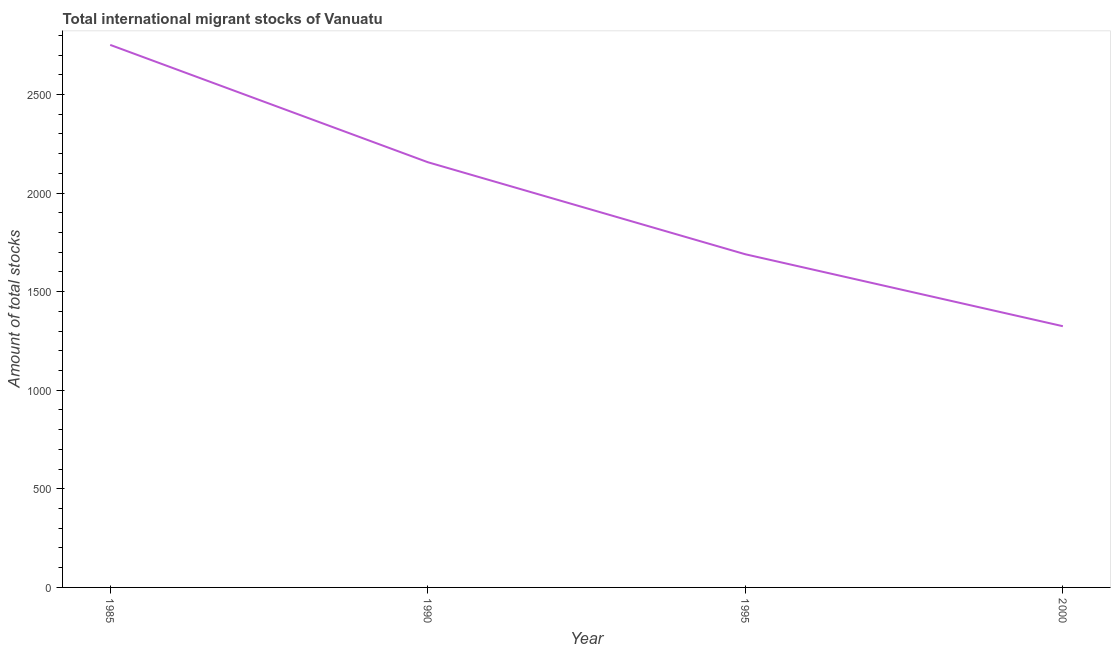
| Year | International migrant stock |
 | --- | --- |
 | 1985 | 2.75e+03 |
 | 1990 | 2.16e+03 |
 | 1995 | 1.69e+03 |
 | 2000 | 1.32e+03 |